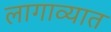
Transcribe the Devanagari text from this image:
लागाव्यात